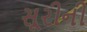
સૂરીની